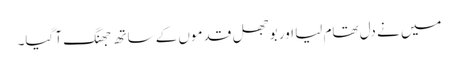
میں نے دل تھام لیا اور بوجھل قدموں کے ساتھ جھنگ آ گیا۔